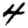
Digit: 4